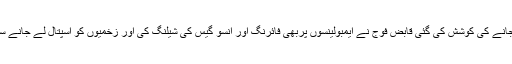
انہیں اسپتال لے جانے کی کوشش کی گئی قابض فوج نے ایمبولینسوں پربھی فائرنگ اور انسو گیس کی شیلنگ کی اور زخمیوں کو اسپتال لے جانے سے روک دیا گیا۔